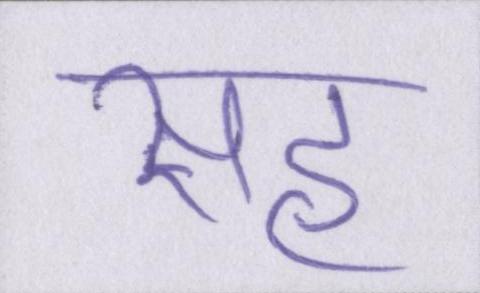
सह